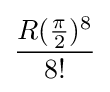
{\frac {R({\frac {\pi }{2}})^{8}}{8!}}